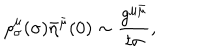
\rho _ { \sigma } ^ { \mu } ( \sigma ) \bar { \eta } ^ { \bar { \mu } } ( 0 ) \sim \frac { g ^ { \mu \bar { \mu } } } { t \sigma } , \qquad